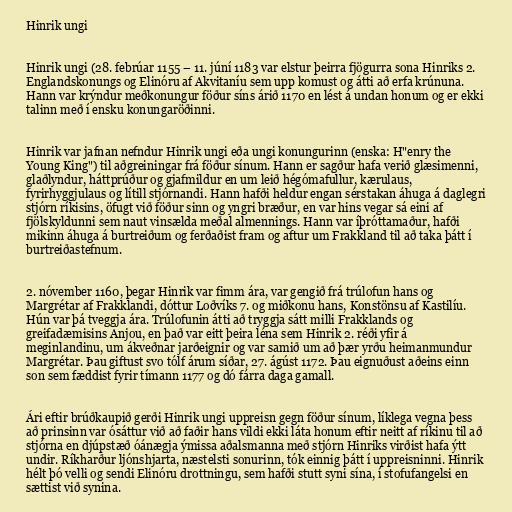
Hinrik ungi

Hinrik ungi (28. febrúar 1155 – 11. júní 1183 var elstur þeirra fjögurra sona Hinriks 2.
Englandskonungs og Elinóru af Akvitaníu sem upp komust og átti að erfa krúnuna.
Hann var krýndur meðkonungur föður síns árið 1170 en lést á undan honum og er ekki
talinn með í ensku konungaröðinni.

Hinrik var jafnan nefndur Hinrik ungi eða ungi konungurinn (enska: H"enry the
Young King") til aðgreiningar frá föður sínum. Hann er sagður hafa verið glæsimenni,
glaðlyndur, háttprúður og gjafmildur en um leið hégómafullur, kærulaus,
fyrirhyggjulaus og lítill stjórnandi. Hann hafði heldur engan sérstakan áhuga á daglegri
stjórn ríkisins, öfugt við föður sinn og yngri bræður, en var hins vegar sá eini af
fjölskyldunni sem naut vinsælda meðal almennings. Hann var íþróttamaður, hafði
mikinn áhuga á burtreiðum og ferðaðist fram og aftur um Frakkland til að taka þátt í
burtreiðastefnum.

2. nóvember 1160, þegar Hinrik var fimm ára, var gengið frá trúlofun hans og
Margrétar af Frakklandi, dóttur Loðvíks 7. og miðkonu hans, Konstönsu af Kastilíu.
Hún var þá tveggja ára. Trúlofunin átti að tryggja sátt milli Frakklands og
greifadæmisins Anjou, en það var eitt þeira léna sem Hinrik 2. réði yfir á
meginlandinu, um ákveðnar jarðeignir og var samið um að þær yrðu heimanmundur
Margrétar. Þau giftust svo tólf árum síðar, 27. ágúst 1172. Þau eignuðust aðeins einn
son sem fæddist fyrir tímann 1177 og dó fárra daga gamall.

Ári eftir brúðkaupið gerði Hinrik ungi uppreisn gegn föður sínum, líklega vegna þess
að prinsinn var ósáttur við að faðir hans vildi ekki láta honum eftir neitt af ríkinu til að
stjórna en djúpstæð óánægja ýmissa aðalsmanna með stjórn Hinriks virðist hafa ýtt
undir. Ríkharður ljónshjarta, næstelsti sonurinn, tók einnig þátt í uppreisninni. Hinrik
hélt þó velli og sendi Elinóru drottningu, sem hafði stutt syni sína, í stofufangelsi en
sættist við synina.